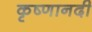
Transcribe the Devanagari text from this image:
कृष्णानदी